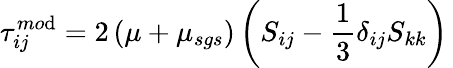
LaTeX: {\tau}_{ij}^{mo\mathrm{d}}=2\left(\mu+{\mu}_{sgs}\right)\left(S_{ij}-\frac{{1}}{{3}}\delta_{ij}S_{kk}\right)\,